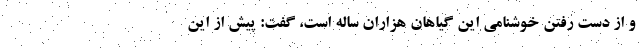
و از دست رفتن خوشنامی این گیاهان هزاران ساله است، گفت: پیش از این